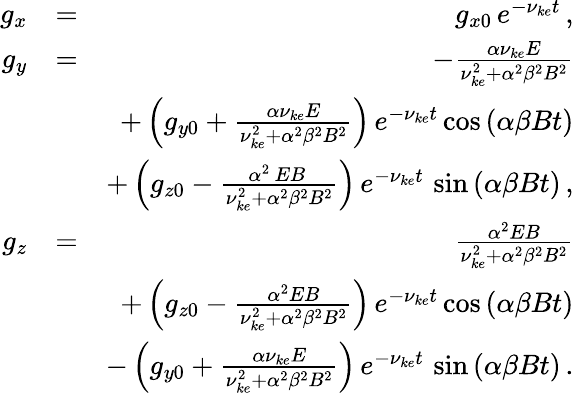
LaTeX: \begin{array}{rlr}{g_{x}}&{=}&{g_{x0}\, e^{-\nu_{ke}t}\, ,}\\ {g_{y}}&{=}&{-\frac{\alpha\nu_{ke}E}{\nu_{ke}^{2}+\alpha^{2}\beta^{2}B^{2}}}\\ &{}&{+\left(g_{y0}+\frac{\alpha\nu_{ke}E}{\nu_{ke}^{2}+\alpha^{2}\beta^{2}B^{2}}\right)\, e^{-\nu_{ke}t}\cos\left(\alpha\beta Bt\right)}\\ &{}&{+\left(g_{z0}-\frac{\alpha^{2}\, EB\, }{\nu_{ke}^{2}+\alpha^{2}\beta^{2}B^{2}}\right)\, e^{-\nu_{ke}t}\, \sin\left(\alpha\beta Bt\right)\, ,}\\ {g_{z}}&{=}&{\frac{\alpha^{2}EB}{\nu_{ke}^{2}+\alpha^{2}\beta^{2}B^{2}}}\\ &{}&{+\left(g_{z0}-\frac{\alpha^{2}EB}{\nu_{ke}^{2}+\alpha^{2}\beta^{2}B^{2}}\right)\, e^{-\nu_{ke}t}\cos\left(\alpha\beta Bt\right)}\\ &{}&{-\left(g_{y0}+\frac{\alpha\nu_{ke}E}{\nu_{ke}^{2}+\alpha^{2}\beta^{2}B^{2}}\right)\, e^{-\nu_{ke}t}\, \sin\left(\alpha\beta Bt\right)\, .}\end{array}